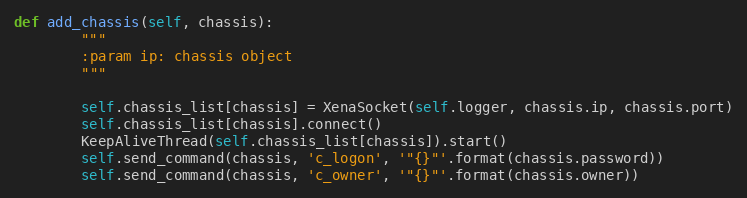
Language: Python
def add_chassis(self, chassis):
        """
        :param ip: chassis object
        """

        self.chassis_list[chassis] = XenaSocket(self.logger, chassis.ip, chassis.port)
        self.chassis_list[chassis].connect()
        KeepAliveThread(self.chassis_list[chassis]).start()
        self.send_command(chassis, 'c_logon', '"{}"'.format(chassis.password))
        self.send_command(chassis, 'c_owner', '"{}"'.format(chassis.owner))